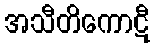
အသီတိကောဋီ